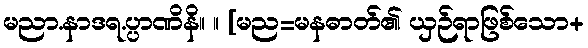
မညာ.နာဒရ.ပ္ပာဏိနိ။ ။ [မည=မနဓာတ်၏ ယှဉ်ရာဖြစ်သော+